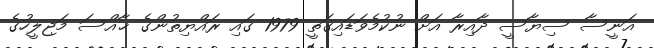
އަނީސާ ސިޔާސީ ދާއިރާ އަށް ނުކުމެވަޑައިގަތީ 1979 ގައި ރައްޔިތުންގެ ޚާއްސަ މަޖިލީހުގެ